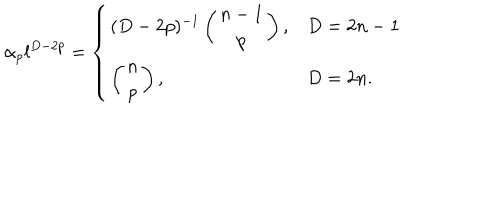
LaTeX: \alpha _ { p } l ^ { D - 2 p } = \left\{ \begin{array} { l l } { { ( D - 2 p ) ^ { - 1 } \left( \begin{array} { c } { { n - 1 } } \\ { { p } } \\ \end{array} \right) , } } & { { D = 2 n - 1 } } \\ { { \left( \begin{array} { c } { { n } } \\ { { p } } \\ \end{array} \right) , } } & { { D = 2 n . } } \\ \end{array} \right.